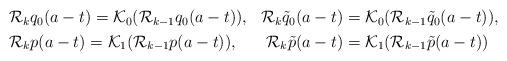
LaTeX: \begin{align*}\begin{aligned} &\mathcal{R}_kq_0(a-t)=\mathcal{K}_0(\mathcal{R}_{k-1}q_0(a-t)), &\mathcal{R}_k\tilde{q}_0(a-t)&=\mathcal{K}_0(\mathcal{R}_{k-1}\tilde{q}_0(a-t)),\\ &\mathcal{R}_kp(a-t)=\mathcal{K}_1(\mathcal{R}_{k-1}p(a-t)), &\mathcal{R}_k\tilde{p}(a-t)&=\mathcal{K}_1(\mathcal{R}_{k-1}\tilde{p}(a-t))\end{aligned}\end{align*}